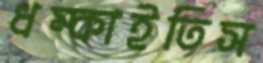
ধম্‌কাইতিস